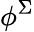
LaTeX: \phi^{\Sigma}